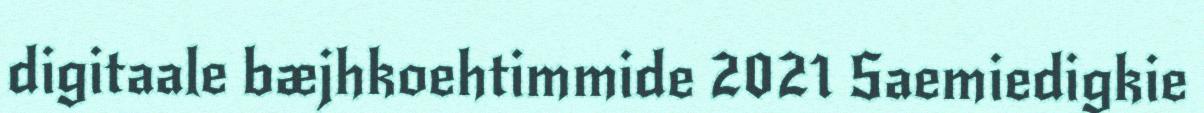
digitaale bæjhkoehtimmide 2021 Saemiedigkie